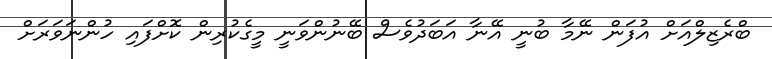
ބްރެޒިލްއަށް އުފަން ނޭމާ ބުނީ އޭނާ އަބަދުވެސް ބޭނުންވަނީ މީގެކުރިން ކޮށްފައި ހުންނަވަރަށް